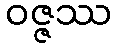
ဝဇ္ဇဿ